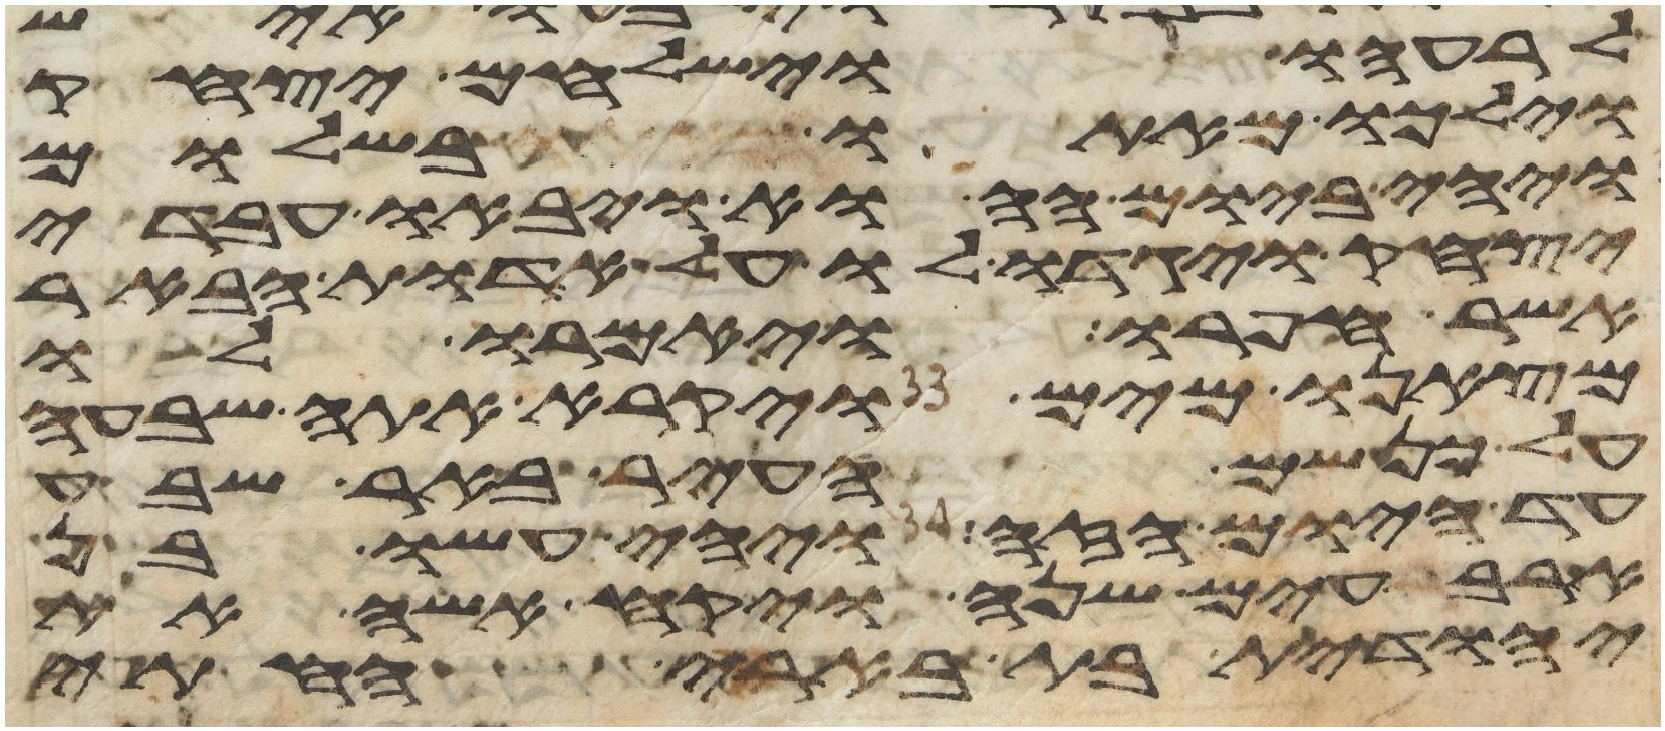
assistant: לרעהו וישלחם יצחק
וילכו מאתו בשלום
ויהי ביום ההוא ויבאו עבדי
יצחק ויגדו לו על אדות הבאר
אשר חפרו ויאמרו לו
מצאנו מים ויקרא אתה שבעה
על כן שם העיר באר שבע
עד היום הזה ויהי עשו בן
ארבעים שנה ויקח אשה את
יהודית בת בארי החתי